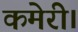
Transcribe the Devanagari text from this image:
कमेरी।